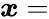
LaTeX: \boldsymbol{x}=